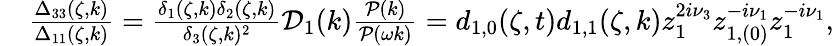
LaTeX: \begin{array}{rl}&{\frac{\Delta_{33}(\zeta,k)}{\Delta_{11}(\zeta,k)}=\frac{\delta_{1}(\zeta,k)\delta_{2}(\zeta,k)}{\delta_{3}(\zeta,k)^{2}}\mathcal{D}_{1}(k)\frac{\mathcal{P}(k)}{\mathcal{P}(\omega k)}=d_{1,0}(\zeta,t)d_{1,1}(\zeta,k)z_{1}^{2i\nu_{3}}z_{1,(0)}^{-i\nu_{1}}z_{1}^{-i\nu_{1}},}\end{array}